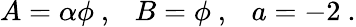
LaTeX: A=\alpha\phi~,~~~B=\phi~,~~~a=-2~.